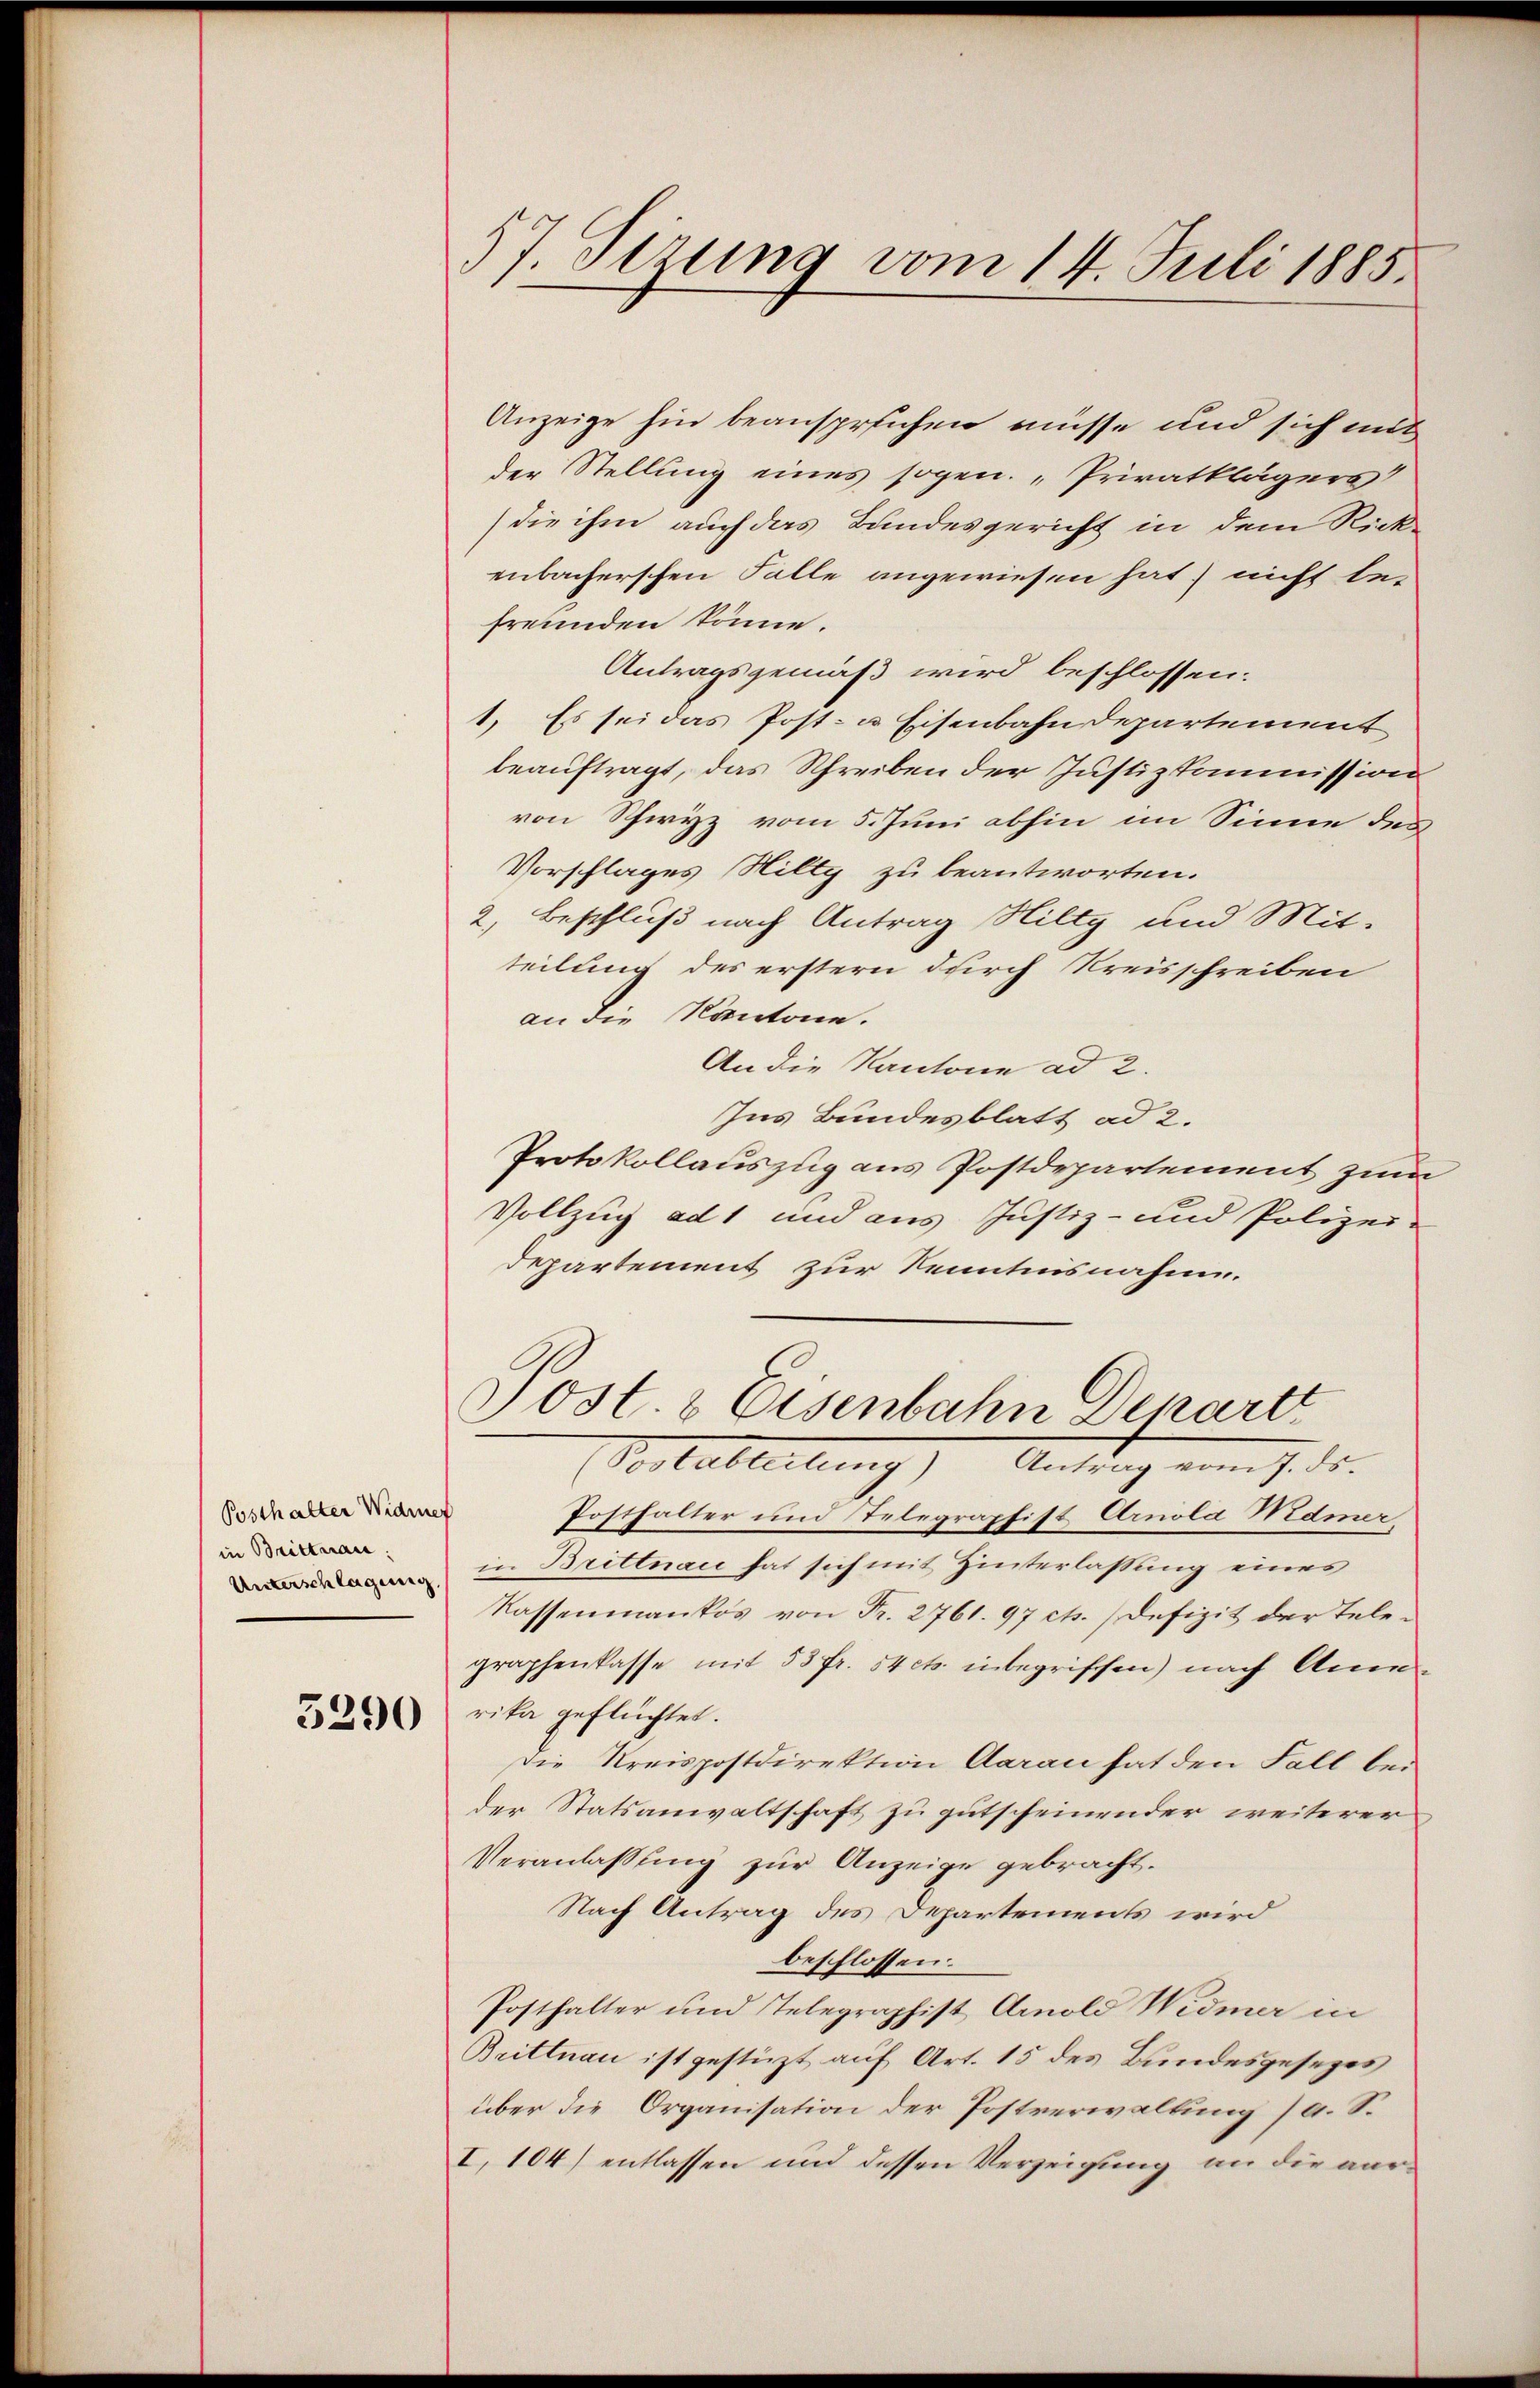
Posthalter Widmer
in Brittnau:
Unterschlagung

5290

7. Sezung vom 14. Juli 1885.

Anzeige hin beanspruchen müsse und sich mit
der Stellung eines sogen. „Privatklägers
die ihm auch das Bundesgericht in dem Rick-
enbacherschen Falle angewiesen hat) nicht be-
freunden könne.
Antragsgemäß wird beschlossen:
1. Es sei das Post- u. Eisenbahndepartement
beauftragt, das Schreiben der Justizkommission
von Schwyz vom 5. Juni abhin im Sinne des
Vorschlages Willy zu beantworten.
2. Beschluß nach Antrag Hilty und Mit-
teilung des erstern durch Kreisschreiben
an die Kantone.
An die Kantone ad 2.
Ins Bundesblatt ad 2.
Protokollauszug aus Postdepartement zum
Vollzug ad 1 und aus Justiz- und Polizei-
Departement zur Kenntnisnahme.
Post. 2 Eisenbahn Depart
(Postabteilung) Antrag vom 7. ds.
Posthalter und Telegraphist Arnola Mamer,
in Brittnau hat sich mit Hinterlassung eines
Kassenmankös von Fr. 2761. 97 ch. Defizit der Telegraphenkasse mit 53 fr. 54 cts. inbegriffen) nach Amerika geflüchtet.
Die Kreispostdirektion Aarau hat den Fall bei
der Statsanwaltschaft zu gutscheinender weiterer
Veranlassung zur Anzeige gebracht.
Nach Antrag des Departements wird
beschlossen:
Posthalter und Telegraphist Arnold Widmer in
Brittnau ist gestüzt auf Art. 15 des Bundesgesezes
über die Organisation der Postverwaltung (a. S.
I. 104) entlassen und dessen Verzeigung an die ver¬